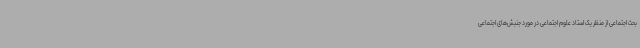
بحث اجتماعی از منظر یک استاد علوم اجتماعی در مورد جنبش‌های اجتماعی